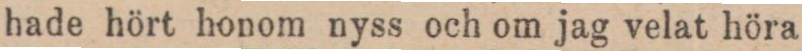
hade hört honom nyss och om jag velat höra